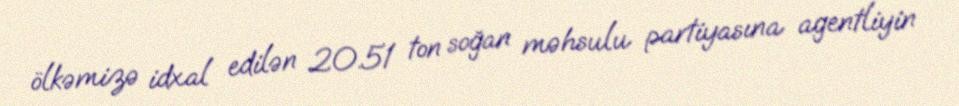
ölkəmizə idxal edilən 20.51 ton soğan məhsulu partiyasına agentliyin